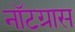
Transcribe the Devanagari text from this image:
नॉटग्रास